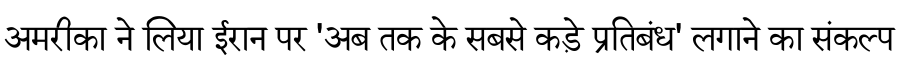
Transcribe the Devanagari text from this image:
अमरीका ने लिया ईरान पर 'अब तक के सबसे कड़े प्रतिबंध' लगाने का संकल्प